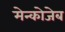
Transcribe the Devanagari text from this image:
मेन्कोजेब